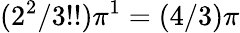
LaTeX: (2^{2}/3!!)\pi^{1}=(4/3)\pi